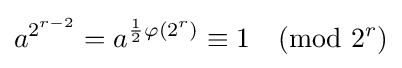
a^{2^{r-2}}=a^{{\frac {1}{2}}\varphi (2^{r})}\equiv 1{\pmod {2^{r}}}